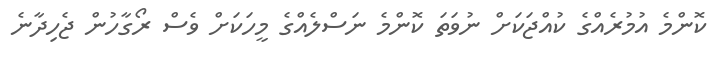
ކޮންމެ އުމުރެއްގެ ކުއްޖަކަށް ނުވަތަ ކޮންމެ ނަސްލެއްގެ މީހަކަށް ވެސް ރޯގާހުން ޖެހިދާނެ